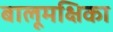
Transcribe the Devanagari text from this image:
बालूमक्षिका